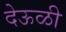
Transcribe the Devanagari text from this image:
देऊळी